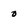
Character: o